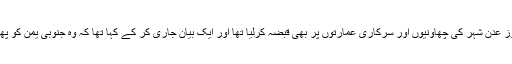
جنوبی یمن کی عبوری کونسل نے جمعرات کے روز عدن شہر کی چھاؤنیوں اور سرکاری عمارتوں پر بھی قبضہ کرلیا تھا اور ایک بیان جاری کر کے کہا تھا کہ وہ جنوبی یمن کو پھر سے ایک علیحدہ ملک بنانے کے لیے کوشاں ہے۔